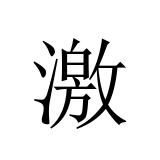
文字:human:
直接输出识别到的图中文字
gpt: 激